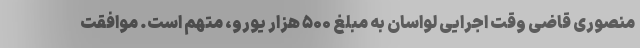
منصوری قاضی وقت اجرایی لواسان به مبلغ ۵۰۰ هزار یورو، متهم است. موافقت